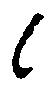
候